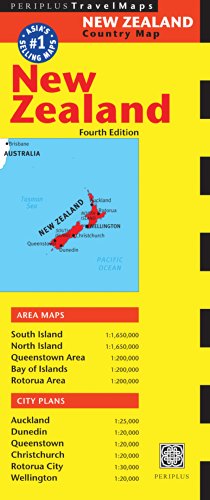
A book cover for New Zealand Travel Map Fourth Edition (Australia Regional Maps); Travel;